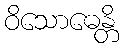
ဝိသောဓေန္တိ